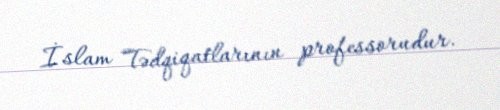
İslam Tədqiqatlarının professorudur.